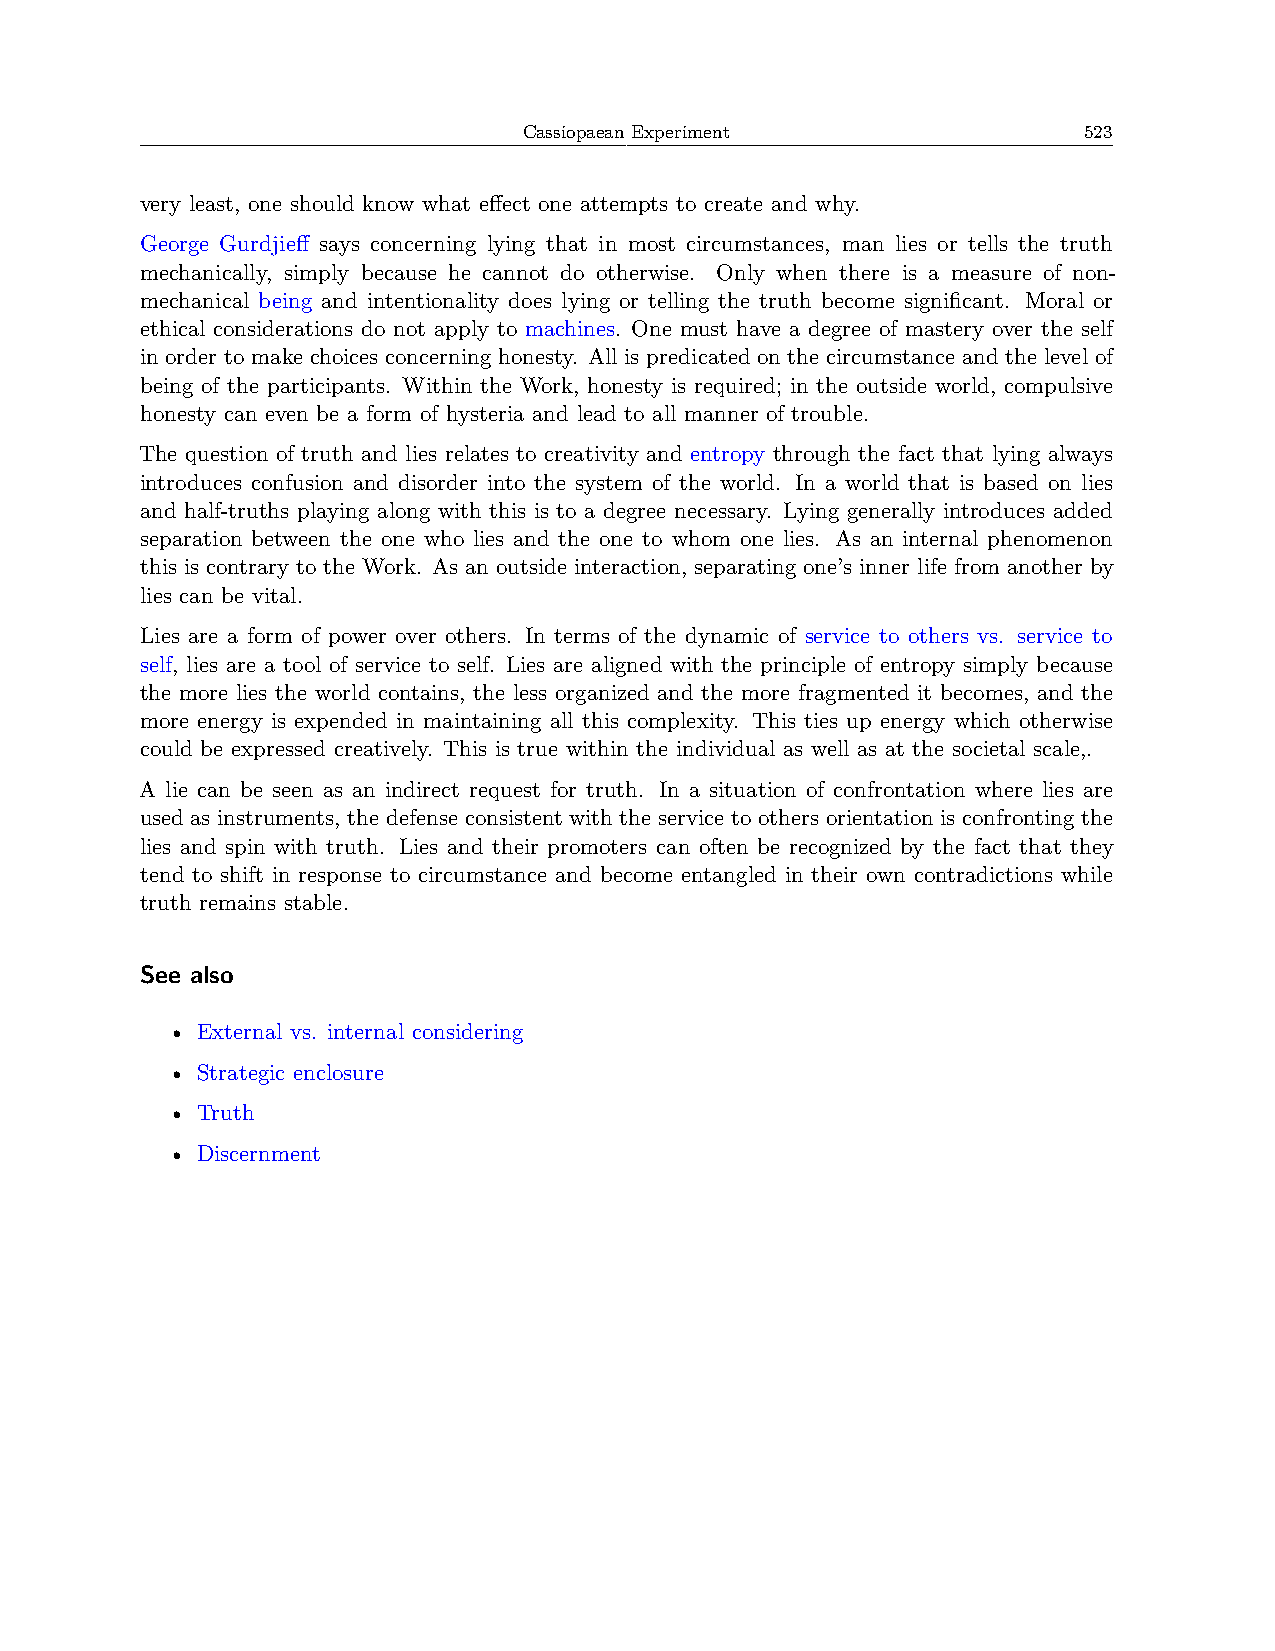
Cassiopaean Experiment               523
 very least, one should know what effect one attempts to create and why.
 George Gurdjieff says concerning lying that in most circumstances, man lies or tells the truth
 mechanically, simply because he cannot do otherwise. Only when there is a measure of non-
 mechanical being and intentionality does lying or telling the truth become significant. Moral or
 ethical considerations do not apply to machines. One must have a degree of mastery over the self
 in order to make choices concerning honesty. All is predicated on the circumstance and the level of
 being of the participants. Within the Work, honesty is required; in the outside world, compulsive
 honesty can even be a form of hysteria and lead to all manner of trouble.
 The question of truth and lies relates to creativity and entropy through the fact that lying always
 introduces confusion and disorder into the system of the world. In a world that is based on lies
 and half-truths playing along with this is to a degree necessary. Lying generally introduces added
 separation between the one who lies and the one to whom one lies. As an internal phenomenon
 this is contrary to the Work. As an outside interaction, separating one’s inner life from another by
 lies can be vital.
 Lies are a form of power over others. In terms of the dynamic of service to others vs. service to
 self, lies are a tool of service to self. Lies are aligned with the principle of entropy simply because
 the more lies the world contains, the less organized and the more fragmented it becomes, and the
 more energy is expended in maintaining all this complexity. This ties up energy which otherwise
 could be expressed creatively. This is true within the individual as well as at the societal scale,.
 A lie can be seen as an indirect request for truth. In a situation of confrontation where lies are
 used as instruments, the defense consistent with the service to others orientation is confronting the
 lies and spin with truth. Lies and their promoters can often be recognized by the fact that they
 tend to shift in response to circumstance and become entangled in their own contradictions while
 truth remains stable.
 See also
 • External vs. internal considering
 • Strategic enclosure
 • Truth
 • Discernment